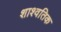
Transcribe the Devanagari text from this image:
शाश्वतिक